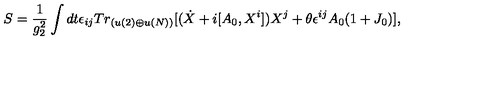
S = \frac { 1 } { g _ { 2 } ^ { 2 } } \int d t \epsilon _ { i j } T r _ { ( u ( 2 ) \oplus u ( N ) ) } \lbrack ( \dot { X } + i [ A _ { 0 } , X ^ { i } ] ) X ^ { j } + \theta \epsilon ^ { i j } A _ { 0 } ( 1 + J _ { 0 } ) \rbrack ,